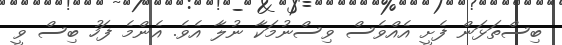
ބިސްތަޅަން ފެށީ އެއްވެސް ވިސްނުމަކާ ނުލާ އެވެ. އެންމެ ފަހު ބިސް ވީ